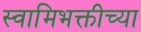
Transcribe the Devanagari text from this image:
स्वामिभक्तीच्या